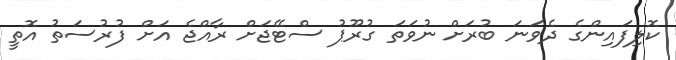
ކޮލިފައިންގެ ދެވަނަ ބުރަށް ނުވަތަ ގުރޫޕު ސްޓޭޖަށް ރާއްޖެ އަށް ފުރުސަތު އޮތީ